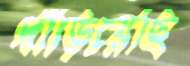
দাঁড়িয়েছি